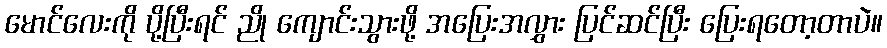
မောင်လေးကို ပို့ပြီးရင် ညို ကျောင်းသွားဖို့ အပြေးအလွှား ပြင်ဆင်ပြီး ပြေးရတော့တာပဲ။